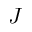
J